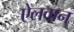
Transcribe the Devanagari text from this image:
ऐलवान